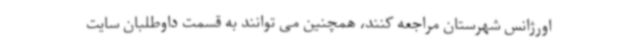
اورژانس شهرستان مراجعه کنند، همچنین می توانند به قسمت داوطلبان سایت